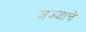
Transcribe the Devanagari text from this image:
जज्जाचे